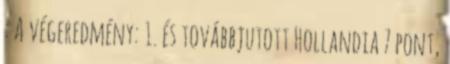
: A végeredmény: 1. és továbbjutott Hollandia 7 pont,